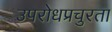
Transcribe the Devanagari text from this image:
उपरोधप्रचुरता